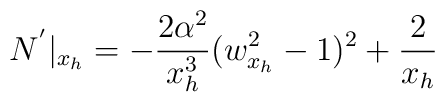
N^{'}|_{x_h}=-\frac{2\alpha^2}{x_h^3}(w_{x_h}^2-1)^2+\frac{2}{x_h}